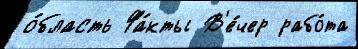
о́бласть Фа́кты В'е́чер рабо́та